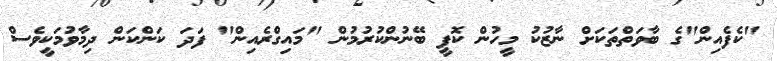
"ކެފެއިން"ގެ ބާވަތްތަކަށް ނާޒުކު މީހުން ކޮފީ ބޭނުންކުރުމުން "މައިގްރެއިން" ފަދަ ކަންކަން ދިމާވުމަކީވެސް